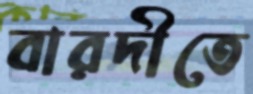
বারদীতে